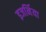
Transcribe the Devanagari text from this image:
इजर्निया